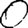
Digit: 0